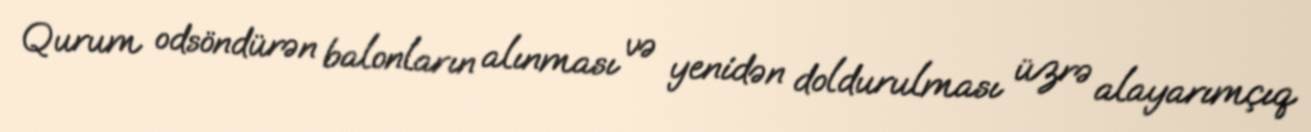
Qurum odsöndürən balonların alınması və yenidən doldurulması üzrə alayarımçıq